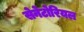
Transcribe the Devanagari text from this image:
सेनेटोरियल